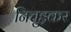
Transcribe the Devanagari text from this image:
निचुड़कर